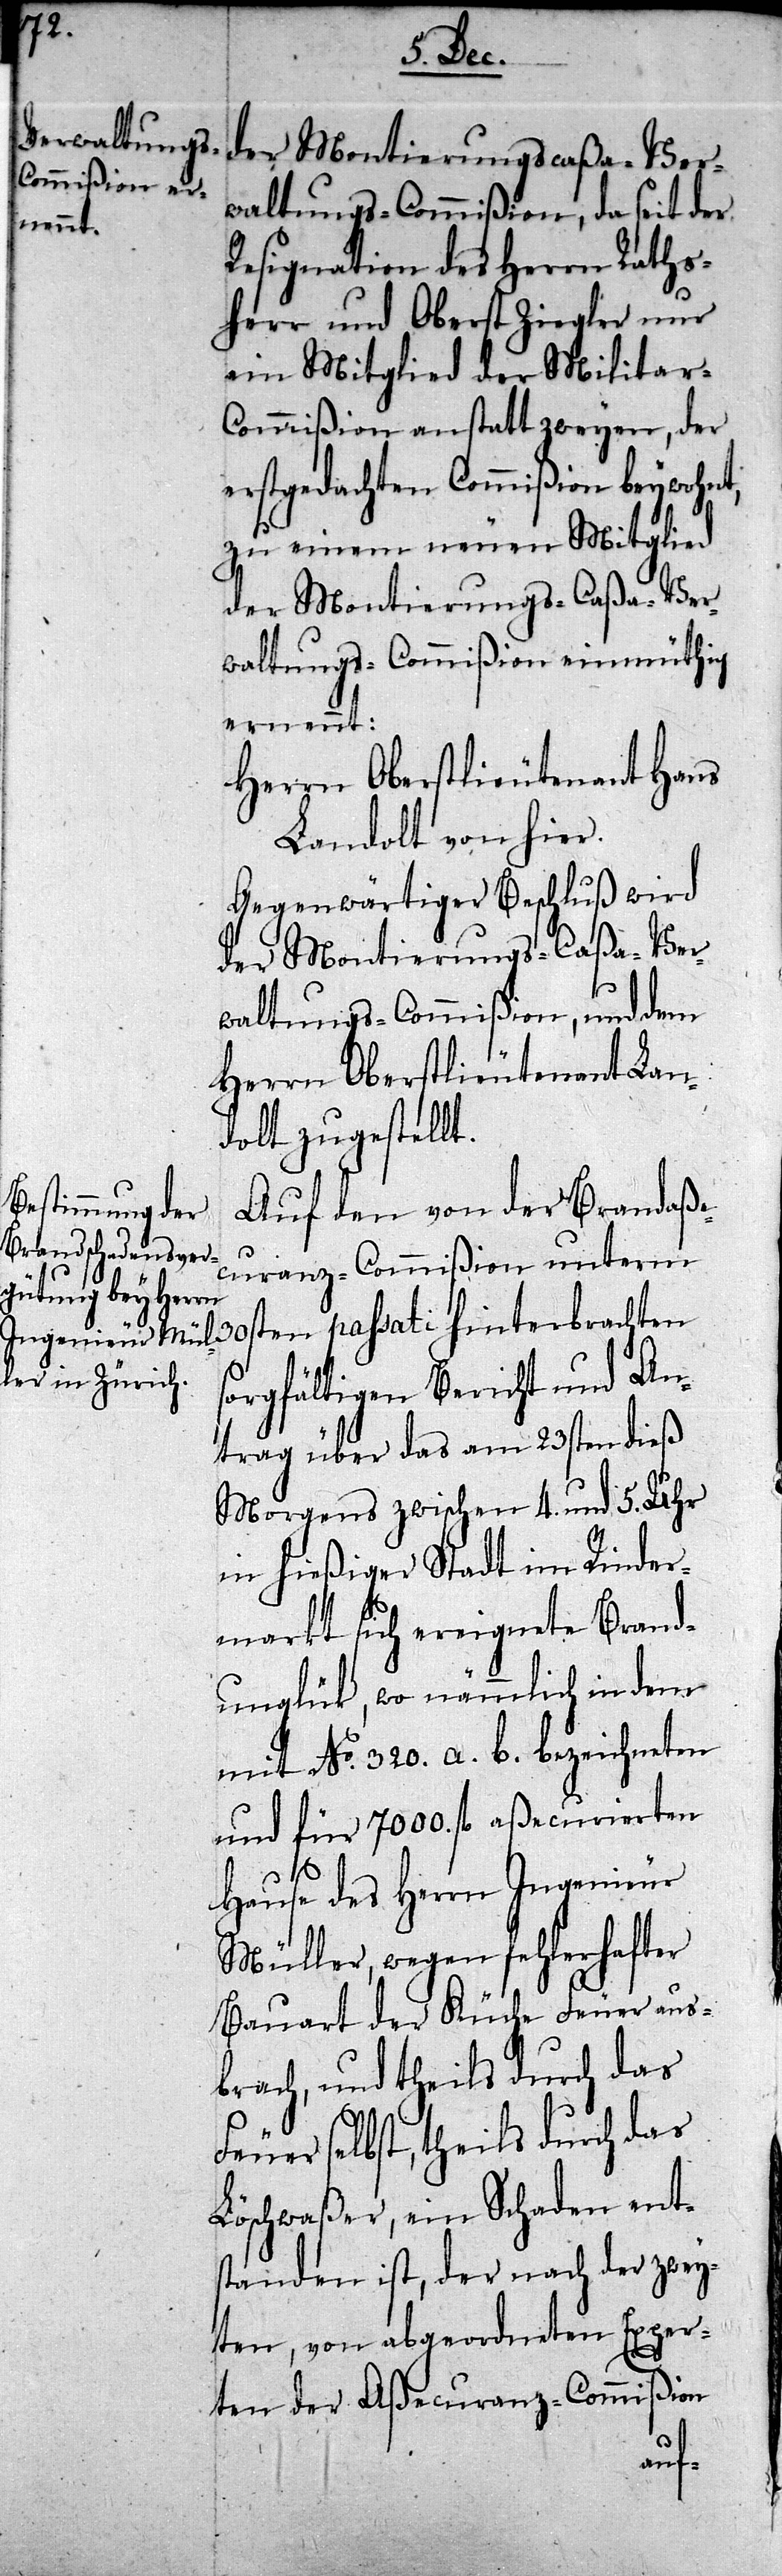
der Montierungscaßa-Ver¬
waltungs-Commißion, da seit der
Resignation des Herrn Rathshe¬
ein Mitglied der Militar-C¬
ommißion anstatt zweyen, der
erstgedachten Commißion beywohnt,
zu einem neuen Mitglied
waltungs-Commißion einmüthig
ernennt:
Herrn Oberstlieutenant Hans
Landolt von hier.
Gegenwärtiger Beschluß wird
rr
waltungs-Commißion, und dem
Herrn Oberstlieutenant Lan¬
dolt zugestellt.
Auf den von der Brand-Aße¬
curanz-Commißion unterm
30sten passati hinterbrachten
sorgfältigen Bericht und An¬
trag über das am 23sten dieß
Morgens zwischen 4. und 5. Uhr
in hießiger Stadt im Rinder¬
markt sich ereignete Brand¬
unglük, wo nämmlich in dem
mit No. 320. a. b. bezeichneten
und für 7000. fl aßecurierten
Hause des Herrn Ingenieur
Müller, wegen fehlerhafter
Bauart der Küche Feuer aus¬
brach, und theils durch das
Feuer selbst, theils durch das
Löschwaßer, ein Schaden ents¬
tanden ist, der nach der zwey¬
ten, von abgeordneten Exper¬
ten der Aßecuranz-Commißion